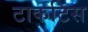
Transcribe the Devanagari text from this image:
टाकटिस